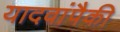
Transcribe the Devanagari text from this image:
यादवांपैकी